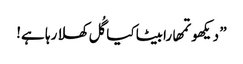
” دیکھو تمھارابیٹا کیا گُل کھلا رہا ہے!